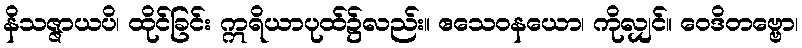
နိသဇ္ဇာယပိ၊ ထိုင်ခြင်း ဣရိယာပုထ်၌လည်း။ ဧသေဝနယော၊ ကိုလျှင်။ ဝေဒိတဗ္ဗော၊